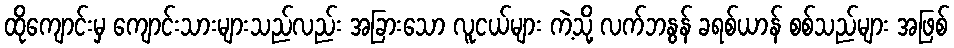
ထိုကျောင်းမှ ကျောင်းသားများသည်လည်း အခြားသော လူငယ်များ ကဲ့သို့ လက်ဘနွန် ခရစ်ယာန် စစ်သည်များ အဖြစ်